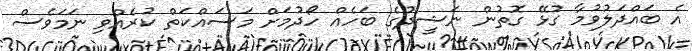
އެ ބައްދަލުވުމާ ގުޅޭ ގޮތުން ނަޝީދުގެ ބަހެއް ހޯދުމަށް މަސައްކަތް ކުރެއްވި ނަމަވެސް